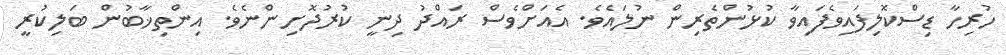
ހުރިހާ ޑިސްކޮލިފައިވެފައިވާ ކުޅުންތެރިން ނުލައެވެ. އެއަށްވެސް ރައްދު ދިނީ ކުރުދޮށިންނެވެ. އިންތިޚާބުން ބަލިކުރީ